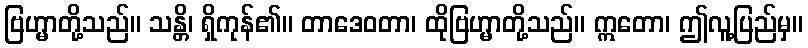
ဗြဟ္မာတို့သည်။ သန္တိ၊ ရှိကုန်၏။ တာဒေဝတာ၊ ထိုဗြဟ္မာတို့သည်။ ဣတော၊ ဤလူ့ပြည်မှ။